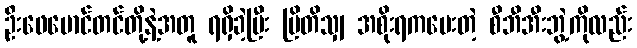
ဦးဖေမောင်တင်တို့နဲ့အတူ ရရှိခဲ့ပြီး ဗြိတိသျှ အစိုးရကပေးတဲ့ စီဘီအီးဘွဲ့ကိုလည်း